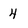
Character: 4